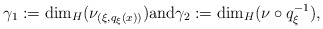
\begin{align*}\gamma _1 := \dim _H ( \nu _{(\xi, q _\xi (x))} ) \mbox{and} \gamma _2 := \dim _H ( \nu \circ q _\xi ^{-1} ) ,\end{align*}